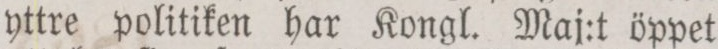
yttre politiken har Kongl. Maj:t öppet